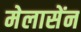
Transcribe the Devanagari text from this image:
मेलासेंन